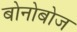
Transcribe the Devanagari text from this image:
बोनोबोज